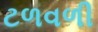
ટળવળી